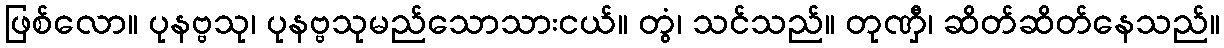
ဖြစ်လော။ ပုနဗ္ဗသု၊ ပုနဗ္ဗသုမည်သောသားငယ်။ တွံ၊ သင်သည်။ တုဏှီ၊ ဆိတ်ဆိတ်နေသည်။